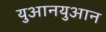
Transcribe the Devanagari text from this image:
युआनयुआन